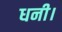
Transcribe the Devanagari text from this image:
धनी।